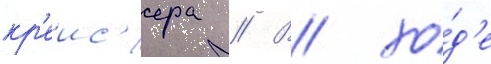
кр'еис'ера // В хо́д'е